Medical and sanitary report of the native army of Madras for the year
Year: 1878
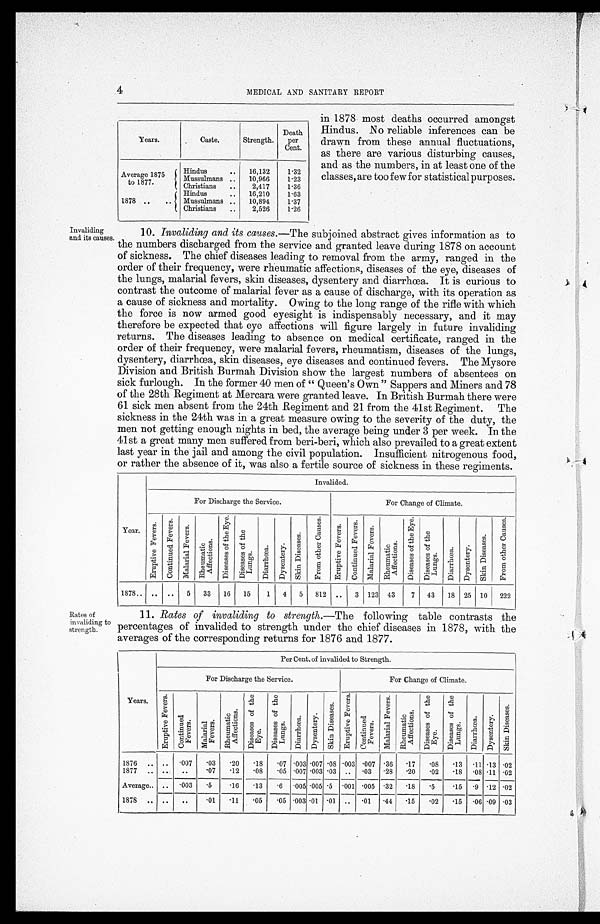
4
MEDICAL AND SANITARY REPORT
years.
Caste.
Strength.
Death
per
Cent.
Average 1875
to 1877.
Hindus
..
16,132
1.32
Mussulmans ..
10,966
1.23
Christians
. .
2,417
1.36
1878 ..
..
Hindus
. .
16,210
1.63
Mussulmans ....
10,894
1.37
Christians
..
2,526
1.26
in 1878 most deaths occurred amongst
Hindus. No reliable inferences can be
drawn from these annual fluctuations,
as there are various disturbing causes,
and as the numbers, in at least one of the
classes, are too few for statistical purposes.
Invaliding
and its causes.
10. Invaliding and its causes. —The subjoined abstract gives information as to
the numbers discharged from the service and granted leave during 1878 on account
of sickness. The chief diseases leading to removal from the army, ranged in the
order of their frequency, were rheumatic affections, diseases of the eye, diseases of
the lungs, malarial fevers, skin diseases, dysentery and diarrhœa. It is curious to
contrast the outcome of malarial fever as a cause of discharge, with its operation as
a cause of sickness and mortality. Owing to the long range of the rifle with which
the force is now armed good eyesight is indispensably necessary, and it may
therefore be expected that eye affections will figure largely in future invaliding
returns. The diseases leading to absence on medical certificate, ranged in the
order of their frequency, were malarial fevers, rheumatism, diseases of the lungs,
dysentery, diarrhœa, skin diseases, eye diseases and continued fevers. The Mysore
Division and British Burmah Division show the largest numbers of absentees on
sick furlough. In the former 40 men of " Queen's Own" Sappers and Miners and 78
of the 28th Regiment at Mercara were granted leave. In British Burmah there were
61 sick men absent from the 24th Regiment and 21 from the 41st Regiment. The
sickness in the 24th was in a great measure owing to the severity of the duty, the
men not getting enough nights in bed, the average being under 3 per week. In the
41st a great many men suffered from beri-beri, which also prevailed to a great extent
last year in the jail and among the civil population. Insufficient nitrogenous food,
or rather the absence of it, was also a fertile source of sickness in these regiments.
Year.
Invalided.
For Discharge the Service.
For Change of Climate.
E r u p t i v e F e v e r s .
C o n t i n u e d F e v e r s .
M a l a r i a l F e v e r s .
R h e u m a t i c A f f e c t i o n s .
Di s e a s e s o f t h e E y e .
D i s e a s e s o f t h e L u n g s .
D i a r r h œ a .
D y s e n t e r y .
S k i n D i s e a s e s . F r o m o t h e r C a u s e s .
E r u p t i v e F e v e r s .
C o n t i n u e d F e v e r s .
M a l a r i a l F e v e r s .
R h e u m a t i c A f f e c t i o n s .
D i s e a s e s o f t h e E y e .
D i s e a s e s o f t h e L u n g s .
D i a r r h œ a .
D y s e n t e r y .
S k i n D i s x a s e s .
F r o m o t h e r C a u s e s .
1878..
..
..
5
33
16
15
1
4
5
812 ..
3 123 43
7
43
18 25 10
222
Rates of
invaliding
t o
strength.
11. Rates of invaliding to strength. —The following table contrasts the
percentages of invalided to strength under the chief diseases in 1878, with the
averages of the corresponding returns for 1876 and 1877.
Years.
Per Cent. of i n v a l i d e d t o S t r e n g t h .
For Discharge the Service.
For Change of Climate.
E r u p t i v e F e v e r s .
C o n t i n u e d F e v e r s .
M a l a r i a l F e v e r s .
R h e u m a t i c A f f e c t i o n s .
D i s e a s e s o f t h e E y e .
D i s e a s e s o f t h e L u n g s .
Di a r r h œa .
D y s e n t e r y .
S k i n D i s e a s e s .
E r u p t i v e F e v e r s .
C o n t i n u e d F e v e r s .
M a l a r i a l F e v e r s .
R h e u m a t i c A f f e c t i o n s .
D i s e a s e s o f t h e E y e .
D i s e a s e s o f t h e L u n g s .
D i a r r h œ a .
D y s e n t e r y .
S k i n D i s x a s e s .
1876
007
.03
.20
.18
.07 .003 .007 .08 .003
.007 .36
.17
. 0 8 .13
.11 .13 .02
1877 .. ..
..
.07
.12
.08
.05 .007 .003 .03 ..
03
.28
.20
. 0 2 .18
.08 .11 .02
Average.. .. .003
.5
.16
.13
.6 .005 .005 .5 .001
.005 .32
.18
. 5 .15
.9 .12 .02
1878 .. ..
..
.01
.11
.05
.05 .003 .01
.01 ..
.01 .44
.15
. 0 2 .15
.06 .09 .03